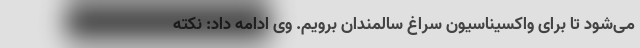
می‌شود تا برای واکسیناسیون سراغ سالمندان برویم. وی ادامه داد: نکته